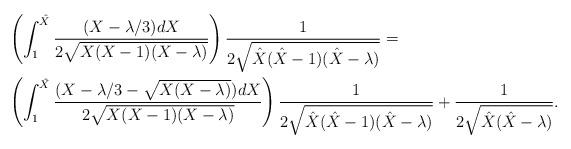
LaTeX: \begin{align*}& \left(\int_{1}^{\hat{X}}\frac{(X-\lambda/3)dX}{2\sqrt{X(X-1)(X-\lambda)}}\right)\frac{1}{2\sqrt{\hat{X}(\hat{X}-1)(\hat{X}-\lambda)}}=\\ & \left(\int_{1}^{\hat{X}}\frac{(X-\lambda/3 -\sqrt{X(X-\lambda)})dX}{2\sqrt{X(X-1)(X-\lambda)}}\right)\frac{1}{2\sqrt{\hat{X}(\hat{X}-1)(\hat{X}-\lambda)}} + \frac1{2\sqrt{\hat{X}(\hat{X} -\lambda)}}.\end{align*}